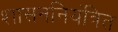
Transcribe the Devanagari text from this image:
शासननियंत्रित